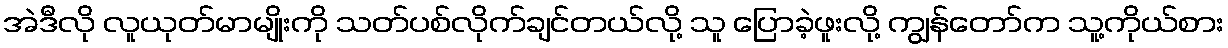
အဲဒီလို လူယုတ်မာမျိုးကို သတ်ပစ်လိုက်ချင်တယ်လို့ သူ ပြောခဲ့ဖူးလို့ ကျွန်တော်က သူ့ကိုယ်စား